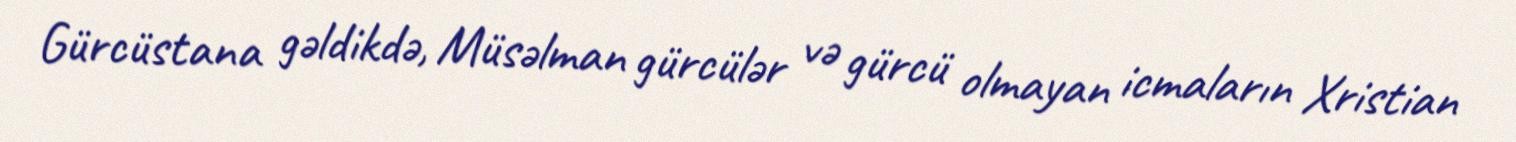
Gürcüstana gəldikdə, Müsəlman gürcülər və gürcü olmayan icmaların Xristian